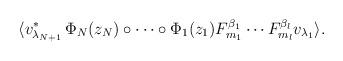
LaTeX: \begin{align*}\langle v_{\lambda_{N+1}}^{\ast}\,\Phi_{N}(z_{N})\circ\cdots\circ\Phi_{1}(z_{1})F_{m_{1}}^{\beta_{1}}\cdots F_{m_{l}}^{\beta_{l}}v_{\lambda_{1}}\rangle.\end{align*}